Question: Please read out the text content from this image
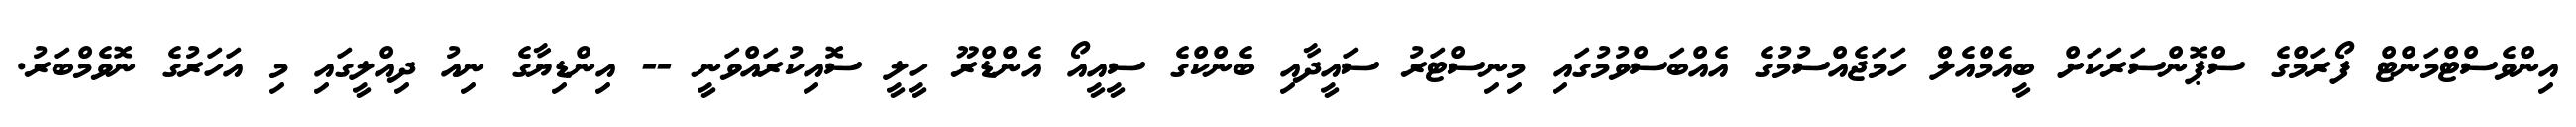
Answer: އިންވެސްޓްމަންޓް ފޯރަމްގެ ސްޕޮންސަރަކަށް ބީއެމްއެލް ހަމަޖެއްސުމުގެ އެއްބަސްވުމުގައި މިނިސްޓަރު ސައީދާއި ބެންކްގެ ސީއީއޯ އެންޑްރޫ ހީލީ ސޮއިކުރައްވަނީ -- އިންޑިޔާގެ ނިއު ދިއްލީގައި މި އަހަރުގެ ނޮވެމްބަރު.